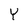
Character: Y